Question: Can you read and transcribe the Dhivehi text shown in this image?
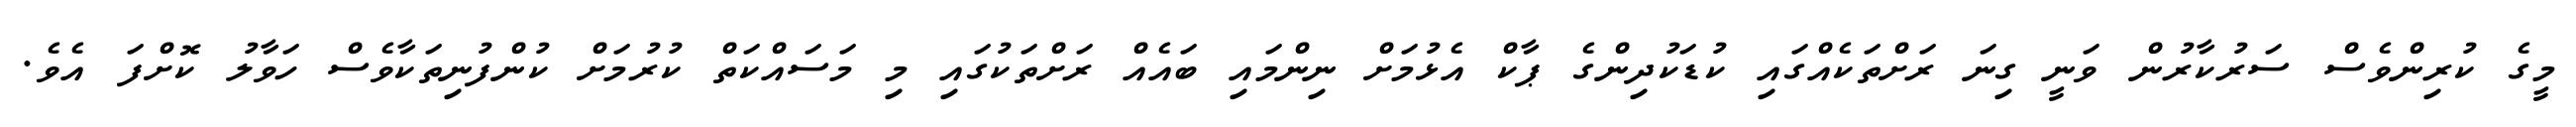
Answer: މީގެ ކުރިންވެސް ސަރުކާރުން ވަނީ ގިނަ ރަށްތަކެއްގައި ކުޑަކުދިންގެ ޕާކް އެޅުމަށް ނިންމައި ބައެއް ރަށްތަކުގައި މި މަސައްކަތް ކުރުމަށް ކުންފުނިތަކާވެސް ހަވާލު ކޮށްފަ އެވެ.